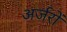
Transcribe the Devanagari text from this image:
अर्जरों